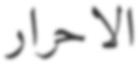
الاحرار